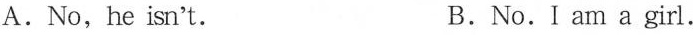
A. No, he isn't B. No. I am a girl.